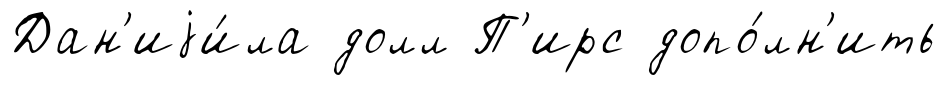
Дан'иjи́ла долл П'ирс допо́лн'ить